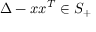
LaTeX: \Delta - x x ^ { T } \in S _ { + }